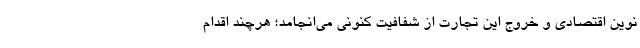
نوین اقتصادی و خروج این تجارت از شفافیت کنونی می‌انجامد؛ هرچند اقدام